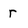
Character: r